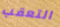
التعقب